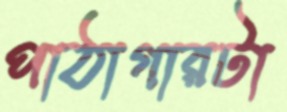
পাঠাগারটা